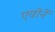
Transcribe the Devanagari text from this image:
एवोर्ने